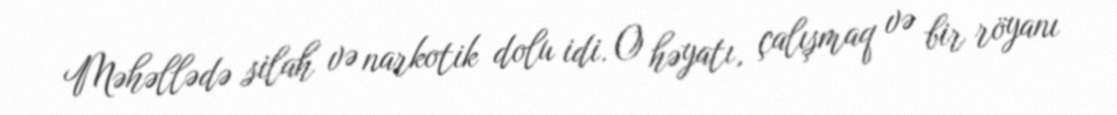
Məhəllədə silah və narkotik dolu idi. O həyatı, çalışmaq və bir röyanı